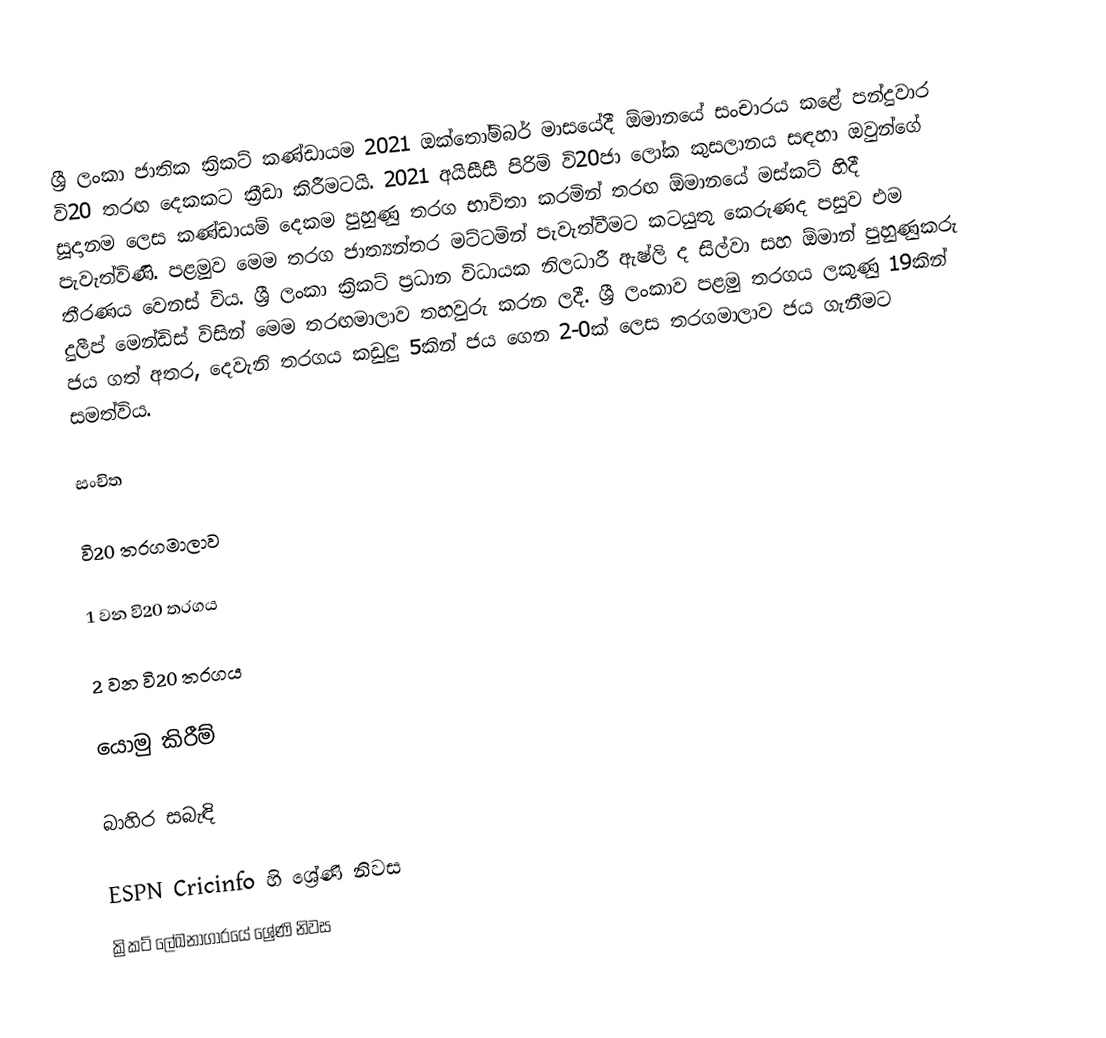
ශ්‍රී ලංකා ජාතික ක්‍රිකට් කණ්ඩායම 2021 ඔක්තෝම්බර් මාසයේදී ඕමානයේ සංචාරය කළේ පන්දුවාර වි20 තරඟ දෙකකට ක්‍රීඩා කිරීමටයි. 2021 අයිසීසී පිරිමි වි20ජා ලෝක කුසලානය සඳහා ඔවුන්ගේ සූදානම ලෙස කණ්ඩායම් දෙකම පුහුණු තරග භාවිතා කරමින් තරඟ ඕමානයේ මස්කට් හිදී පැවැත්විණි. පළමුව මෙම තරග ජාත්‍යන්තර මට්ටමින් පැවැත්වීමට කටයුතු කෙරුණද පසුව එම තීරණය වෙනස් විය. ශ්‍රී ලංකා ක්‍රිකට් ප්‍රධාන විධායක නිලධාරී ඇෂ්ලි ද සිල්වා සහ ඕමාන් පුහුණුකරු දුලීප් මෙන්ඩිස් විසින් මෙම තරඟමාලාව තහවුරු කරන ලදී. ශ්‍රී ලංකාව පළමු තරගය ලකුණු 19කින් ජය ගත් අතර, දෙවැනි තරගය කඩුලු 5කින් ජය ගෙන 2-0ක් ලෙස තරගමාලාව ජය ගැනීමට සමත්විය.

සංචිත

වි20 තරගමාලාව

1 වන වි20 තරගය

2 වන වි20 තරගය

යොමු කිරීම්

බාහිර සබැඳි

 ESPN Cricinfo හි ශ්‍රේණි නිවස
 ක්‍රිකට් ලේඛනාගාරයේ ශ්‍රේණි නිවස